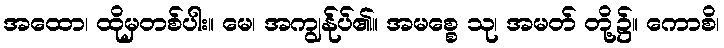
အထော၊ ထိုမှတစ်ပါး။ မေ၊ အကျွန်ုပ်၏။ အမစ္စေ သု၊ အမတ် တို့၌။ ကောစိ၊